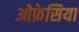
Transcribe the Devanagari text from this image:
ओफ्रेसिया